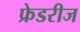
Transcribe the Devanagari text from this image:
फ्रेडरीज